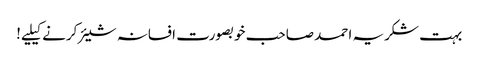
بہت شکریہ احمد صاحب خوبصورت افسانہ شیئر کرنے کیلیے!